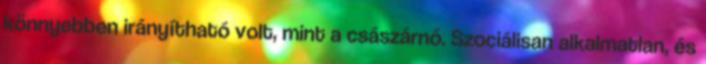
könnyebben irányítható volt, mint a császárnő. Szociálisan alkalmatlan, és